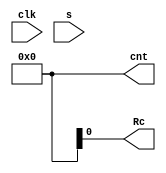
`timescale 1ns / 1ps

/** module RevCounter
  * input
	* 	clk_1s: A clock signal driven by module clk_1s.
	*		s: 1 for increment, 0 for decrement
	* output
	* 	cnt: a 16-bits register
	* 	Rc: when the counter reset(i.e. carry will be set), Rc becomes 1
	* 			increment(s=1 & cnt=F) or decrement(s=0, cnt=0)
 */

//! NOTE: DO NOT CHANGE THE MODULE NAME & PORT NAMES
module RevCounter( 
	input wire clk,
	input wire s,
	output reg [15:0] cnt=0,
	output wire Rc
);
	 
	/* Your code here */


endmodule